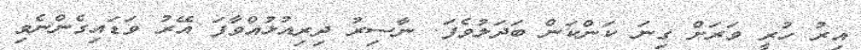
އިރު ހުރީ ވަރަށް ގިނަ ކަންކަން ބަދަލުވެފަ. ނާސިރު ދިރިއުޅުއްވާފަ އޭރު ވަޑައިގެންނެވި